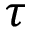
\tau